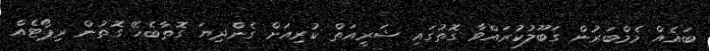
ބައެއް މެމްބަރުން ގަބޫލުކުރައްވާ ގޮތުގައި ޝަރީއަތް ކުރިއަށް ގެންދިޔަ ގޮތާބެހޭ ގޮތުން ރިޕޯޓެއް